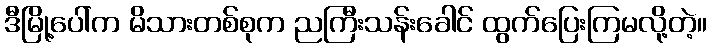
ဒီမြို့ပေါ်က မိသားတစ်စုက ညကြီးသန်းခေါင် ထွက်ပြေးကြမလို့တဲ့။